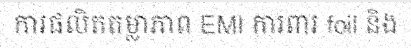
ការផលិតតម្លាភាព EMI ការពារ foil និង